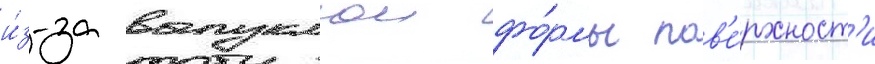
и́з-за выпуклои фо́рмы пов'е́рхност'и